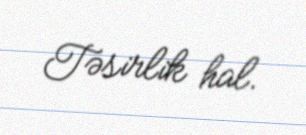
Təsirlik hal.